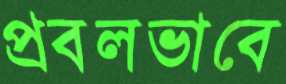
প্রবলভাবে